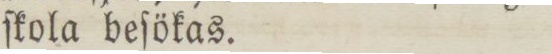
ſkola beſökas.